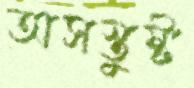
অসস্তুষ্ট